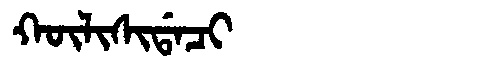
Manchu: ᡴᡡᠯᡳᠰᡳᡩᠠᠴᡳ
Romanization: KŪLISIDACI